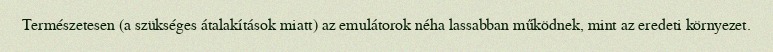
Természetesen (a szükséges átalakítások miatt) az emulátorok néha lassabban működnek, mint az eredeti környezet.